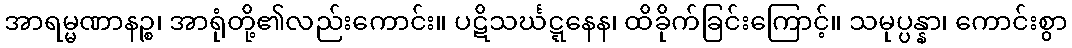
အာရမ္မဏာနဉ္စ၊ အာရုံတို့၏လည်းကောင်း။ ပဋိသင်္ဃဋ္ဋနေန၊ ထိခိုက်ခြင်းကြောင့်။ သမုပ္ပန္နာ၊ ကောင်းစွာ